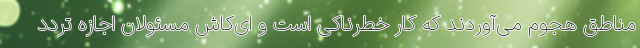
مناطق هجوم می‌آوردند که کار خطرناکی است و ای‌کاش مسئولان اجازه تردد